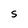
Character: S